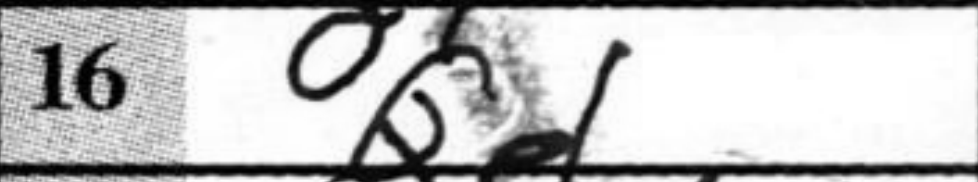
Transcription: Qe1